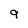
Character: 9